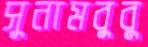
সুনামবুবু